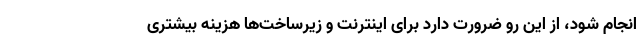
انجام شود، از این رو ضرورت دارد برای اینترنت و زیرساخت‌ها هزینه بیشتری